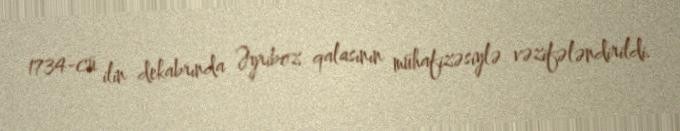
1734-cü ilin dekabrında Əyriboz qalasının mühafizəsiylə vəzifələndirildi.